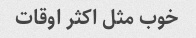
خوب مثل اکثر اوقات